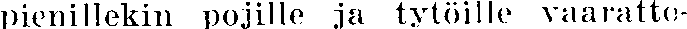
pienillekin pojille ja tytöille vaaratto-